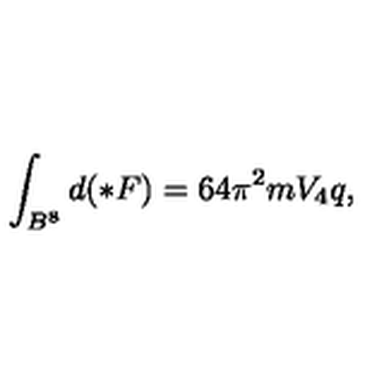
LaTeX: \int _ { B ^ { 8 } } d ( \ast F ) = 6 4 \pi ^ { 2 } m V _ { 4 } q ,